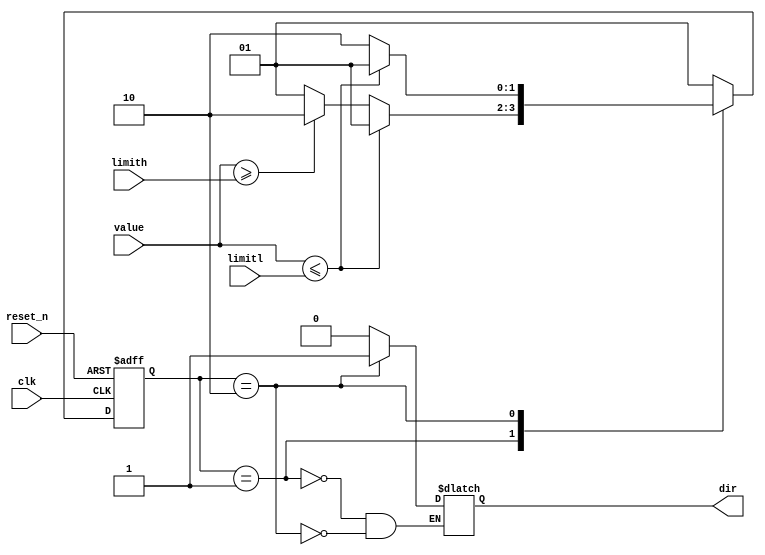
module fsm_cnt(
	input clk,
	input reset_n,
	input [3:0] limith,
	input [3:0] limitl,
	input [3:0] value,
	output reg dir
);

	parameter [1:0]	INCREMENT = 2'b01,
					DECREMENT = 2'b10;
					
	reg [1:0] state, next_state;
	
	always@(posedge clk, negedge reset_n) begin
	
		if(!reset_n)
			state <= INCREMENT;

		else 
			state <= next_state;
	
	end

	always@(*) begin
	
		case(state)
		
			INCREMENT: begin
			
				if(value <= limitl)
					next_state = INCREMENT;
					
				else if(value >= limith)
					next_state = DECREMENT;
					
				else
					next_state = INCREMENT;
				
				dir = 1'b0;
			
			end
		
			DECREMENT: begin
			
				if(value <= limitl)
					next_state = INCREMENT;
					
				else if(value >= limith)
					next_state = DECREMENT;
					
				else 
					next_state = DECREMENT;
					
				dir = 1'b1;
			
			end
			
			default: next_state = INCREMENT;
			
		endcase
	
	end

endmodule